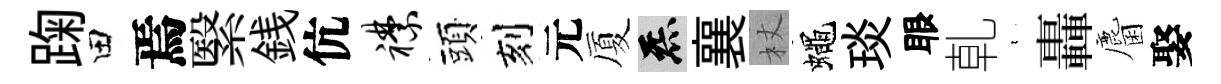
踘田焉繄銭伉襟頭刻元厦炁襄杖蠅琰眼乹裊轟麕娶